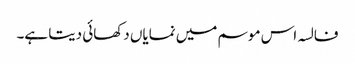
فالسہ اس موسم میں نمایاں دکھائی دیتا ہے۔